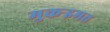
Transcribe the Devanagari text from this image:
मुकर्‍इमत